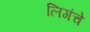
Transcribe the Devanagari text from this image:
लिगंचे